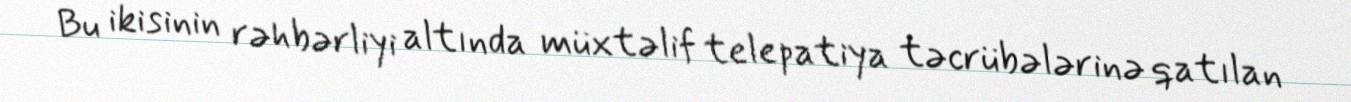
Bu ikisinin rəhbərliyi altında müxtəlif telepatiya təcrübələrinə qatılan